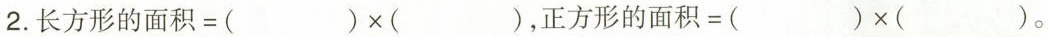
2.长方形的面积=()×()，正方形的面积=()×()。